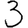
Digit: 3